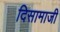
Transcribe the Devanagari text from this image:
दिसामाजी